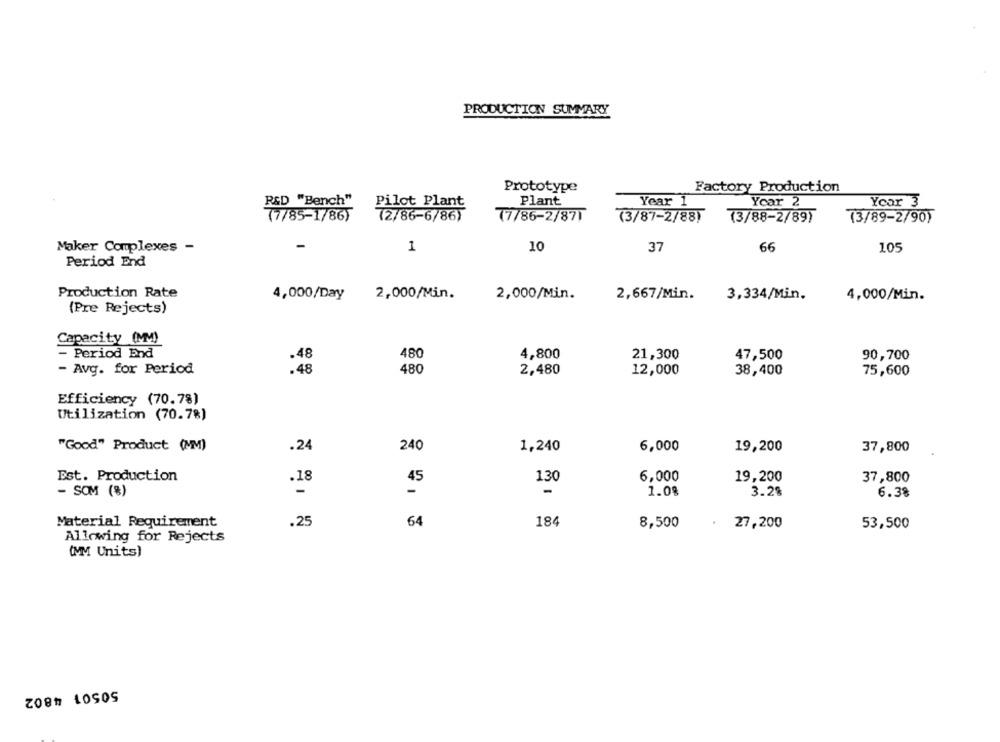
PRODUCTION SUMMARY
Prototype
Factory Production
Plant
Ycar 2
R&D "Bench"
Pilot Plant
Year 1
Ycar 3
(7/85-1/86)
72/86-6/86)
77/86-2/871
(3/87-2/88)
(3/88-2/89)
(3/89-2/90)
Maker Complexes -
1
10
37
66
105
Period End
Production Rate
4,000/Day
2,000/Min.
2,000/Min.
2,667/Min.
3,334/Min.
4,000/Min.
(Pre Rejects)
Capacity (MM)
- Period End
.48
480
4,800
21,300
47,500
90,700
- Avg. for Period
.48
480
2,480
12,000
38,400
75,600
Efficiency (70.7%)
Utilization (70.7%)
240
"Good" Product (MM)
.24
1,240
6,000
19,200
37,800
Est. Production
.18
45
130
6,000
19,200
37,800
- SOM (%)
-
1.08
3.28
6.38
Material Requirement
.25
64
184
8,500
27,200
53,500
Allowing for Rejects
(MM Units)
50501 4802